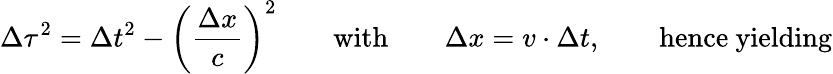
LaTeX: \Delta\tau^{2}=\Delta t^{2}-\left(\frac{\Delta x}{c}\right)^{2}\qquad\mathrm{with}\qquad\Delta x=v\cdot\Delta t,\qquad\mathrm{hence\ yielding}